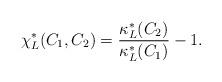
LaTeX: \begin{align*}\chi_L^*(C_1,C_2)= {\kappa_L^*(C_2) \over \kappa_L^*(C_1) } -1.\end{align*}